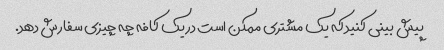
پیش بینی کنید که یک مشتری ممکن است در یک کافه چه چیزی سفارش دهد.